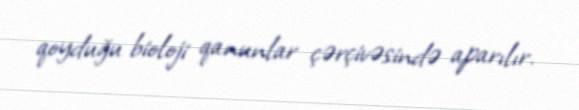
qoyduğu bioloji qanunlar çərçivəsində aparılır.